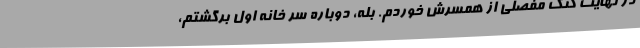
در نهایت کتک مفصلی از همسرش خوردم. بله، دوباره سر خانه اول برگشتم،